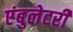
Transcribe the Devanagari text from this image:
एंबुलेटरी